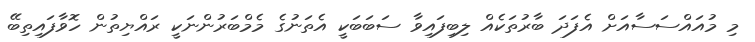
މި މުއައްސަސާއަށް އެފަދަ ބާރުތަކެއް ލިބިފައިވާ ސަބަބަކީ އެތަނުގެ މެމްބަރުންނަކީ ރައްޔިތުން ހޮވާފައިތިބޭ